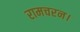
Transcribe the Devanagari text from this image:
रामचरन।